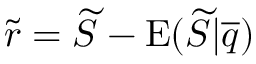
\widetilde { r } = \widetilde { S } - \mathrm { E } ( \widetilde { S } | \overline { { q } } )